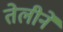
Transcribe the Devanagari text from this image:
तेलीने